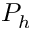
P _ { h }